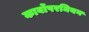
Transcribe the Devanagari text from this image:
कार्बोपरमियन